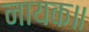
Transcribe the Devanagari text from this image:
नायक॥